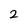
Character: 2